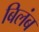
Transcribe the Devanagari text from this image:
बिलंब